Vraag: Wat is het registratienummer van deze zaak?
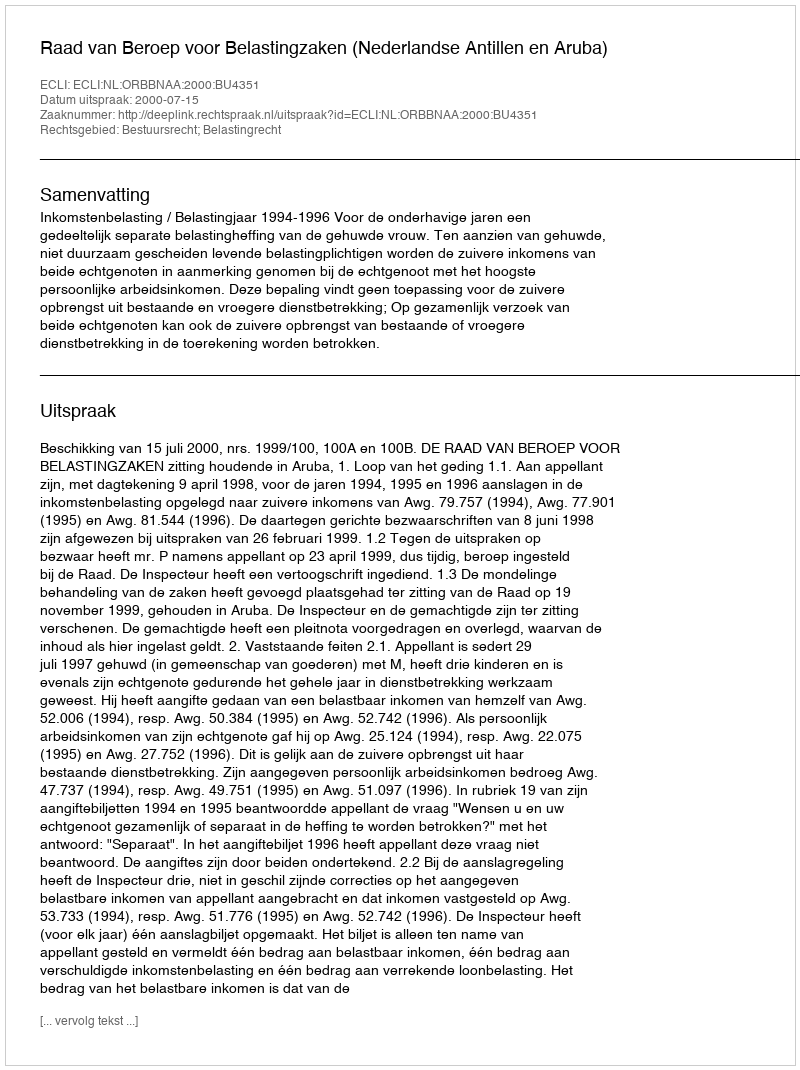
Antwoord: http://deeplink.rechtspraak.nl/uitspraak?id=ECLI:NL:ORBBNAA:2000:BU4351